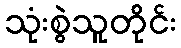
သုံးစွဲသူတိုင်း